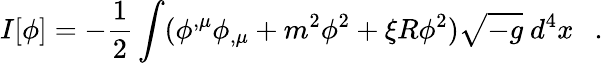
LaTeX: I[\phi]=-\frac 12\int(\phi^{,\mu}\phi_{,\mu}+m^{2}\phi^{2}+\xi R\phi^{2})\sqrt{-g}~d^{4}x~~~.